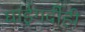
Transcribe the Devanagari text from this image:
घाईगर्दीही